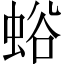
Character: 𧋉